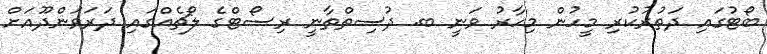
ބޯޓުގައި ދަތުރުކުރި މީހުން މިހާރު ވަނީ ބ. ދުސިތްތާނީ ރިސޯޓްގެ ލޯޗެއްގައި ދަރަވަންދޫއަށް